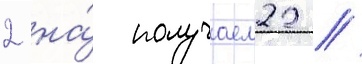
2 на́ получаем22 //